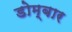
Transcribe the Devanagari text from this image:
डोम्बार